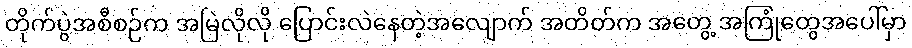
တိုက်ပွဲအစီစဉ်က အမြဲလိုလို ပြောင်းလဲနေတဲ့အလျောက် အတိတ်က အတွေ့ အကြုံတွေအပေါ်မှာ